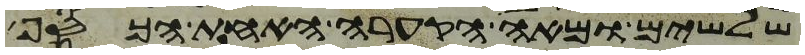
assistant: שלשים ומאה הקערה האחת הכסף